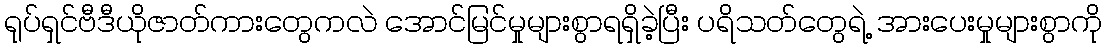
ရုပ်ရှင်ဗီဒီယိုဇာတ်ကားတွေကလဲ အောင်မြင်မှုများစွာရရှိခဲ့ပြီး ပရိသတ်တွေရဲ့ အားပေးမှုများစွာကို